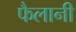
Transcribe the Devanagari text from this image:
फैलानी